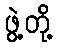
ဖွဲ့တို့